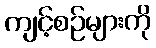
ကျင့်စဉ်များကို